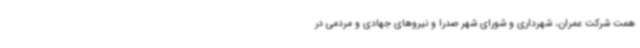
همت شرکت عمران، شهرداری و شورای شهر صدرا و نیروهای جهادی و مردمی در